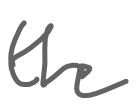
Text: the
Cross-out: clean
Writing tool: digital_gray